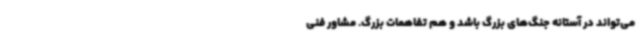
می‌تواند در آستانه جنگ‌های بزرگ باشد و هم تفاهمات بزرگ. مشاور فنی